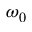
\omega _ { 0 }